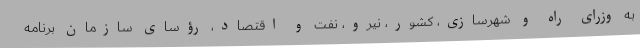
به وزرای راه و شهرسازی، کشور، نیرو، نفت و اقتصاد، رؤسای سازمان برنامه